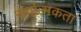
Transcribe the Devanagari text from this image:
सर्वात्मकता